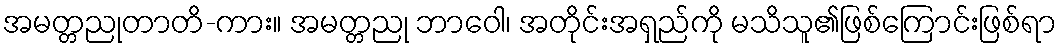
အမတ္တညုတာတိ-ကား။ အမတ္တညု ဘာဝေါ၊ အတိုင်းအရှည်ကို မသိသူ၏ဖြစ်ကြောင်းဖြစ်ရာ